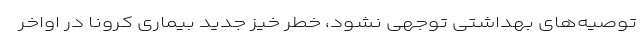
توصیه‌های بهداشتی توجهی نشود، خطر خیز جدید بیماری کرونا در اواخر